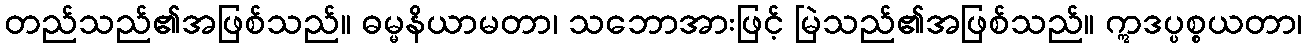
တည်သည်၏အဖြစ်သည်။ ဓမ္မနိယာမတာ၊ သဘောအားဖြင့် မြဲသည်၏အဖြစ်သည်။ ဣဒပ္ပစ္စယတာ၊